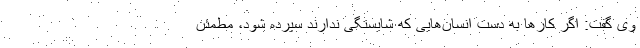
وی گفت: اگر کارها به دست انسان‌هایی که شایستگی ندارند سپرده شود، مطمئن